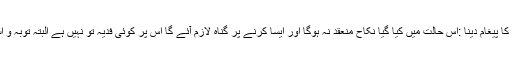
[9]نکاح کرنا یا نکاح کا پیغام دینا :اس حالت میں کیا گیا نکاح منعقد نہ ہوگا اور ایسا کرنے پر گناہ لازم آئے گا اس پر کوئی فدیہ تو نہیں ہے البتہ توبہ و استغفار ضروری ہے ۔